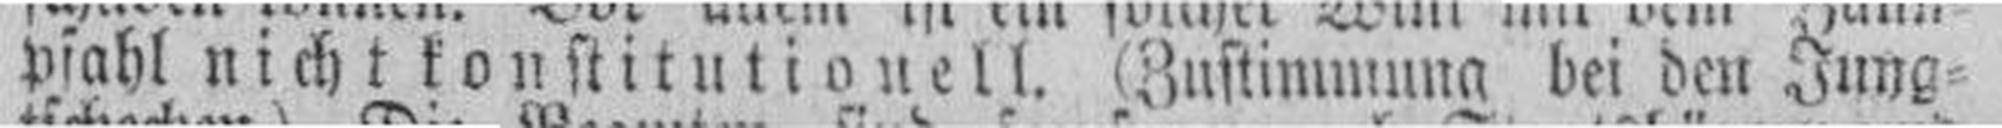
pfahl nicht konstitutiouell. (Zustimmuna bei den Jung¬